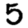
Digit: 5